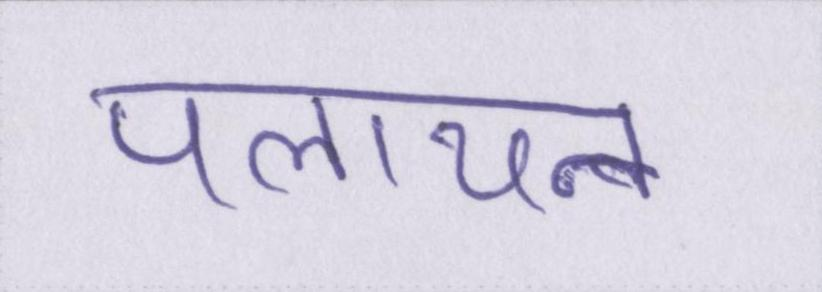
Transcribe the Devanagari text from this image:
पलायन